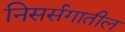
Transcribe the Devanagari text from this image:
निसर्सगातील